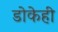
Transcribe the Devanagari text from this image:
डोकेही